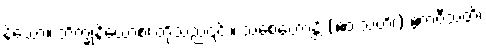
န်သော။ ဘိက္ခုနိယောစ၊ တို့သည်၎င်း။ သစေဟောန္တိ (ဧဝံ သတိ၊) ဧကဝီသတိ၊